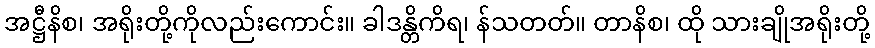
အဋ္ဌီနိစ၊ အရိုးတို့ကိုလည်းကောင်း။ ခါဒန္တိကိရ၊ န်သတတ်။ တာနိစ၊ ထို သားချိုအရိုးတို့